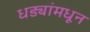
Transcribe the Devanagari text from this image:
धड्यांमधून